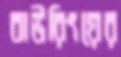
বাউরিংয়ের